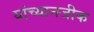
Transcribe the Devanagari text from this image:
यांच्यानजीक